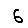
Digit: 6